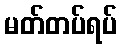
မတ်တပ်ရပ်